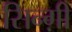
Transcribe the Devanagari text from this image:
सिन्ग़ी